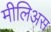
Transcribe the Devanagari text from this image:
मीलिअस